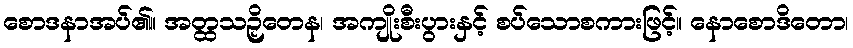
စောဒနာအပ်၏။ အတ္ထသဉှိတေန၊ အကျိုးစီးပွားနှင့် စပ်သောစကားဖြင့်။ နောစောဒိတော၊